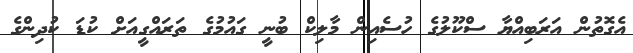
އެގޮތުން އަރަބިއްޔާ ސްކޫލުގެ ހުސެއިން މާލިކް ބުނީ ގައުމުގެ ތަރައްގީއަށް ކުޑަ ކުދިންގެ